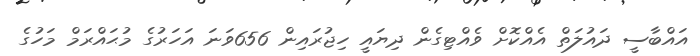
އައްބާސީ ދައުލަތް އެއްކޮށް ވެއްޓިގެން ދިޔައީ ހިޖުރައިން 656ވަނަ އަހަރުގެ މުޙައްރަމް މަހުގެ